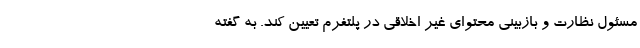
مسئول نظارت و بازبینی محتوای غیر اخلاقی در پلتفرم تعیین کند. به گفته